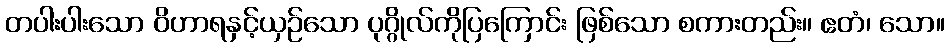
တပါးပါးသော ဝိဟာရနှင့်ယှဉ်သော ပုဂ္ဂိုလ်ကိုပြကြောင်း ဖြစ်သော စကားတည်း။ ဧတံ၊ သော။